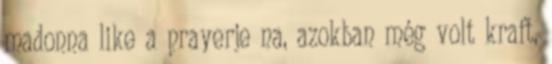
madonna like a prayerje na, azokban még volt kraft,